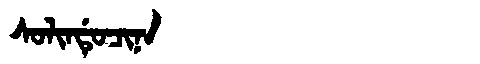
Manchu: ᠰᠣᠯᡳᠨᡩᡠᠴᡳᠨᠠ
Romanization: SOLINDUCINA